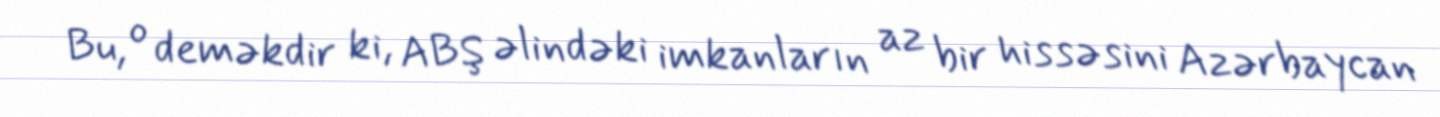
Bu, o deməkdir ki, ABŞ əlindəki imkanların az bir hissəsini Azərbaycan